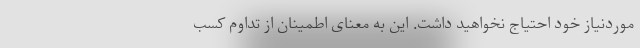
موردنیاز خود احتیاج نخواهید داشت. این به معنای اطمینان از تداوم کسب